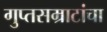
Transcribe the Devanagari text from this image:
गुप्तसम्राटांचा